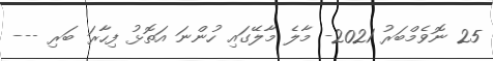
25 ނޮވެމްބަރު 2021- މާލެ މާލޭގައި ހުންނަ އަތޮޅު ފިހާރަ ބަރި ---